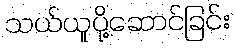
သယ်ယူပို့ဆောင်ခြင်း